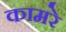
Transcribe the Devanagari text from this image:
कामरे